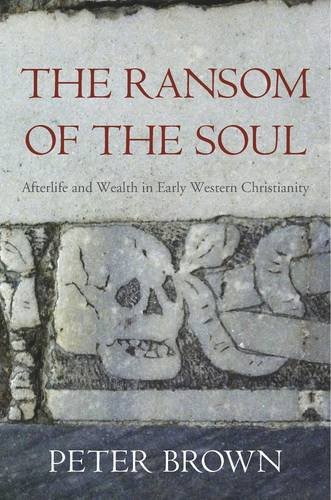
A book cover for The Ransom of the Soul: Afterlife and Wealth in Early Western Christianity; Peter Brown; History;